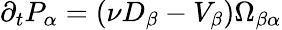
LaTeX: \partial_{t}P_{\alpha}=\left(\nu D_{\beta}-V_{\beta}\right)\Omega_{\beta\alpha}